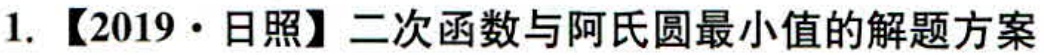
1. 【2019·日照】二次函数与阿氏圆最小值的解题方案